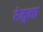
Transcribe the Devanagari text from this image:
रेमुना